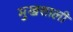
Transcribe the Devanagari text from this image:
मुखशाली